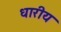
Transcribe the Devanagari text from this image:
धारीय